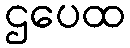
ဌပေထ